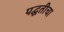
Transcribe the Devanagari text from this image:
पद्घतीचा